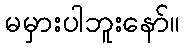
မမှားပါဘူးနော်။